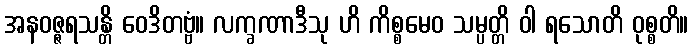
အနဝဇ္ဇရသန္တိ ဝေဒိတဗ္ဗံ။ လက္ခဏာဒီသု ဟိ ကိစ္စမေဝ သမ္ပတ္တိ ဝါ ရသောတိ ဝုစ္စတိ။